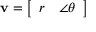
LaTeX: \mathbf { v } = \left[ { \begin{array} { l l } { r } & { \angle \theta } \end{array} } \right]